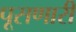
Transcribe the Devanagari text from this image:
पूसणारी